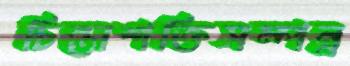
চিন্তাশক্তিসম্পন্ন